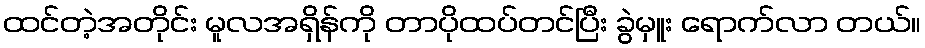
ထင်တဲ့အတိုင်း မူလအရှိန်ကို တာပိုထပ်တင်ပြီး ခွဲမှူး ရောက်လာ တယ်။